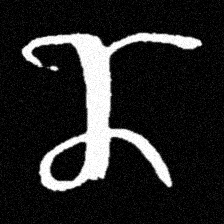
Pyu character \u2014 Myanmar letter: ဏ (romanized: nna)